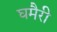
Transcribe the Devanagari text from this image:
घमैरी